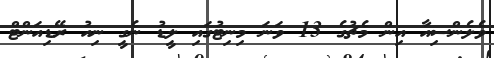
ވެލެންސިއާ އިން މެޗުގެ 13 ވަނަ މިނިޓުގައި ލީޑު ނެގީ ނިއު ރޭޑިއަންޓް